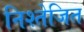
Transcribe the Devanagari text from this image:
निश्तेजित